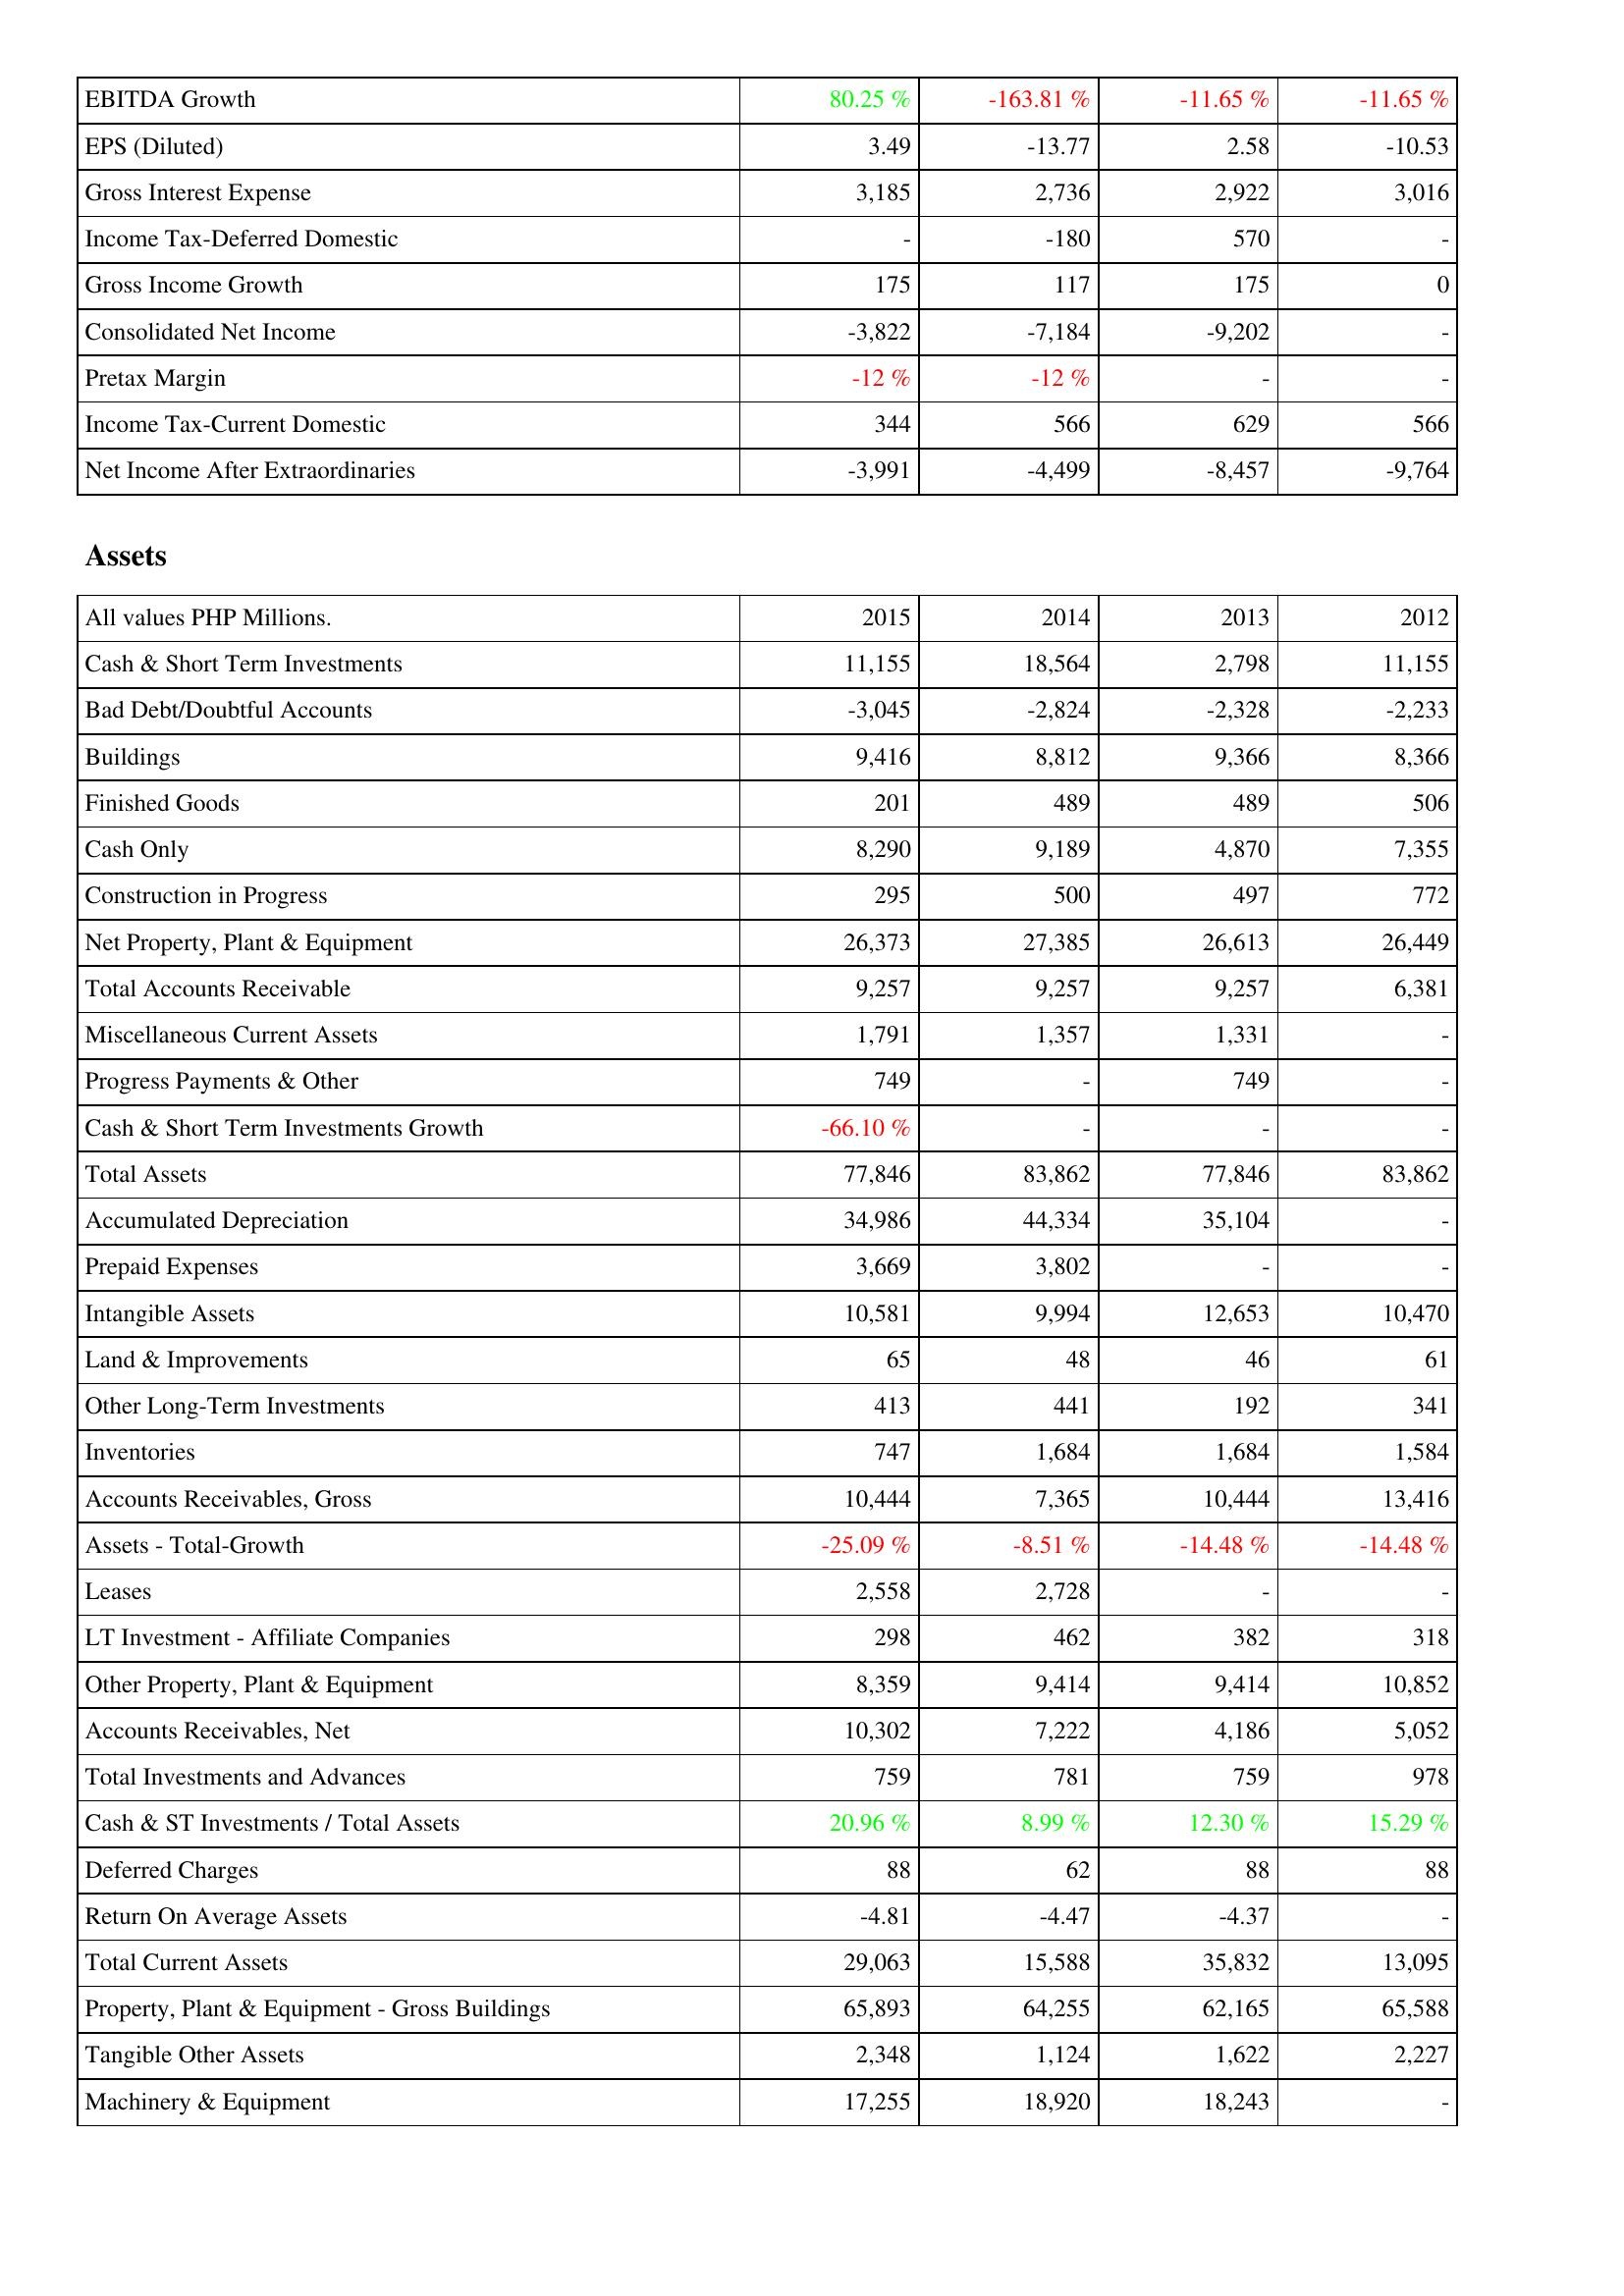
2015: Income Statement: EBITDA Growth: 80.25 %
EPS (Diluted): 3.49
Gross Interest Expense: 3,185
Income Tax-Deferred Domestic: -
Gross Income Growth: 175
Consolidated Net Income: -3,822
Pretax Margin: -12 %
Income Tax-Current Domestic: 344
Net Income After Extraordinaries: -3,991
Assets: Cash & Short Term Investments: 11,155
Bad Debt/Doubtful Accounts: -3,045
Buildings: 9,416
Finished Goods: 201
Cash Only: 8,290
Construction in Progress: 295
Net Property, Plant & Equipment: 26,373
Total Accounts Receivable: 9,257
Miscellaneous Current Assets: 1,791
Progress Payments & Other: 749
Cash & Short Term Investments Growth: -66.10 %
Total Assets: 77,846
Accumulated Depreciation: 34,986
Prepaid Expenses: 3,669
Intangible Assets: 10,581
Land & Improvements: 65
Other Long-Term Investments: 413
Inventories: 747
Accounts Receivables, Gross: 10,444
Assets - Total-Growth: -25.09 %
Leases: 2,558
LT Investment - Affiliate Companies: 298
Other Property, Plant & Equipment: 8,359
Accounts Receivables, Net: 10,302
Total Investments and Advances: 759
Cash & ST Investments / Total Assets: 20.96 %
Deferred Charges: 88
Return On Average Assets: -4.81
Total Current Assets: 29,063
Property, Plant & Equipment - Gross Buildings: 65,893
Tangible Other Assets: 2,348
Machinery & Equipment: 17,255
2014: Income Statement: EBITDA Growth: -163.81 %
EPS (Diluted): -13.77
Gross Interest Expense: 2,736
Income Tax-Deferred Domestic: -180
Gross Income Growth: 117
Consolidated Net Income: -7,184
Pretax Margin: -12 %
Income Tax-Current Domestic: 566
Net Income After Extraordinaries: -4,499
Assets: Cash & Short Term Investments: 18,564
Bad Debt/Doubtful Accounts: -2,824
Buildings: 8,812
Finished Goods: 489
Cash Only: 9,189
Construction in Progress: 500
Net Property, Plant & Equipment: 27,385
Total Accounts Receivable: 9,257
Miscellaneous Current Assets: 1,357
Progress Payments & Other: -
Cash & Short Term Investments Growth: -
Total Assets: 83,862
Accumulated Depreciation: 44,334
Prepaid Expenses: 3,802
Intangible Assets: 9,994
Land & Improvements: 48
Other Long-Term Investments: 441
Inventories: 1,684
Accounts Receivables, Gross: 7,365
Assets - Total-Growth: -8.51 %
Leases: 2,728
LT Investment - Affiliate Companies: 462
Other Property, Plant & Equipment: 9,414
Accounts Receivables, Net: 7,222
Total Investments and Advances: 781
Cash & ST Investments / Total Assets: 8.99 %
Deferred Charges: 62
Return On Average Assets: -4.47
Total Current Assets: 15,588
Property, Plant & Equipment - Gross Buildings: 64,255
Tangible Other Assets: 1,124
Machinery & Equipment: 18,920
2013: Income Statement: EBITDA Growth: -11.65 %
EPS (Diluted): 2.58
Gross Interest Expense: 2,922
Income Tax-Deferred Domestic: 570
Gross Income Growth: 175
Consolidated Net Income: -9,202
Pretax Margin: -
Income Tax-Current Domestic: 629
Net Income After Extraordinaries: -8,457
Assets: Cash & Short Term Investments: 2,798
Bad Debt/Doubtful Accounts: -2,328
Buildings: 9,366
Finished Goods: 489
Cash Only: 4,870
Construction in Progress: 497
Net Property, Plant & Equipment: 26,613
Total Accounts Receivable: 9,257
Miscellaneous Current Assets: 1,331
Progress Payments & Other: 749
Cash & Short Term Investments Growth: -
Total Assets: 77,846
Accumulated Depreciation: 35,104
Prepaid Expenses: -
Intangible Assets: 12,653
Land & Improvements: 46
Other Long-Term Investments: 192
Inventories: 1,684
Accounts Receivables, Gross: 10,444
Assets - Total-Growth: -14.48 %
Leases: -
LT Investment - Affiliate Companies: 382
Other Property, Plant & Equipment: 9,414
Accounts Receivables, Net: 4,186
Total Investments and Advances: 759
Cash & ST Investments / Total Assets: 12.30 %
Deferred Charges: 88
Return On Average Assets: -4.37
Total Current Assets: 35,832
Property, Plant & Equipment - Gross Buildings: 62,165
Tangible Other Assets: 1,622
Machinery & Equipment: 18,243
2012: Income Statement: EBITDA Growth: -11.65 %
EPS (Diluted): -10.53
Gross Interest Expense: 3,016
Income Tax-Deferred Domestic: -
Gross Income Growth: 0
Consolidated Net Income: -
Pretax Margin: -
Income Tax-Current Domestic: 566
Net Income After Extraordinaries: -9,764
Assets: Cash & Short Term Investments: 11,155
Bad Debt/Doubtful Accounts: -2,233
Buildings: 8,366
Finished Goods: 506
Cash Only: 7,355
Construction in Progress: 772
Net Property, Plant & Equipment: 26,449
Total Accounts Receivable: 6,381
Miscellaneous Current Assets: -
Progress Payments & Other: -
Cash & Short Term Investments Growth: -
Total Assets: 83,862
Accumulated Depreciation: -
Prepaid Expenses: -
Intangible Assets: 10,470
Land & Improvements: 61
Other Long-Term Investments: 341
Inventories: 1,584
Accounts Receivables, Gross: 13,416
Assets - Total-Growth: -14.48 %
Leases: -
LT Investment - Affiliate Companies: 318
Other Property, Plant & Equipment: 10,852
Accounts Receivables, Net: 5,052
Total Investments and Advances: 978
Cash & ST Investments / Total Assets: 15.29 %
Deferred Charges: 88
Return On Average Assets: -
Total Current Assets: 13,095
Property, Plant & Equipment - Gross Buildings: 65,588
Tangible Other Assets: 2,227
Machinery & Equipment: -